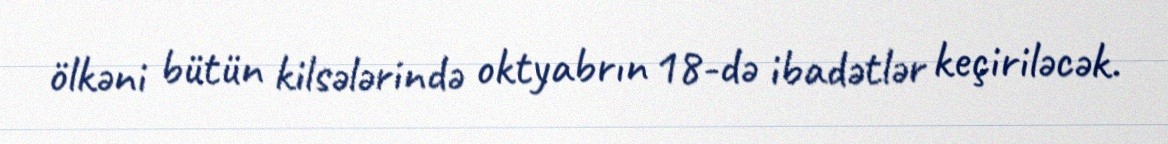
ölkəni bütün kilsələrində oktyabrın 18-də ibadətlər keçiriləcək.